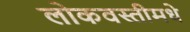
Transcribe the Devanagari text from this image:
लोकवस्तीमधे